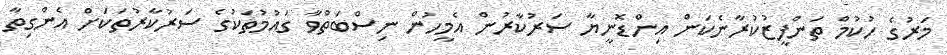
މަރުގެ ހުކުމް ތަންފީޒުކުރާނެކަން އިންޑޮނީޔާ ސަރުކާރުން އެމީހުން ނިސްބަތްވާ ގައުމުތަކުގެ ސަރުކާރުތަކަށް އެންގިތާ